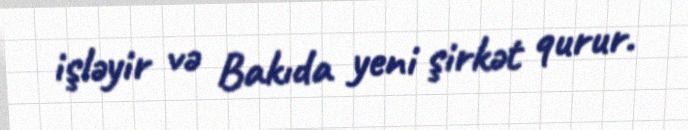
işləyir və Bakıda yeni şirkət qurur.